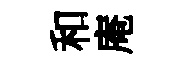
和庵